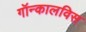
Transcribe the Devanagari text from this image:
गॉन्कालविस